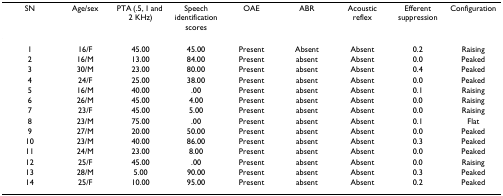
<table><thead><tr><td><b>SN</b></td><td><b>Age/sex</b></td><td><b>PTA (.5, 1 and 2 KHz)</b></td><td><b>Speech identification scores</b></td><td><b>OAE</b></td><td><b>ABR</b></td><td><b>Acoustic reflex</b></td><td><b>Efferent suppression</b></td><td><b>Configuration</b></td></tr></thead><tbody><tr><td>1</td><td>16/F</td><td>45.00</td><td>45.00</td><td>Present</td><td>Absent</td><td>Absent</td><td>0.2</td><td>Raising</td></tr><tr><td>2</td><td>16/M</td><td>13.00</td><td>84.00</td><td>Present</td><td>absent</td><td>Absent</td><td>0.0</td><td>Peaked</td></tr><tr><td>3</td><td>30/M</td><td>23.00</td><td>80.00</td><td>Present</td><td>absent</td><td>Absent</td><td>0.4</td><td>Peaked</td></tr><tr><td>4</td><td>24/F</td><td>25.00</td><td>38.00</td><td>Present</td><td>absent</td><td>Absent</td><td>0.0</td><td>Peaked</td></tr><tr><td>5</td><td>16/M</td><td>40.00</td><td>.00</td><td>Present</td><td>absent</td><td>Absent</td><td>0.1</td><td>Raising</td></tr><tr><td>6</td><td>26/M</td><td>45.00</td><td>4.00</td><td>Present</td><td>absent</td><td>Absent</td><td>0.0</td><td>Raising</td></tr><tr><td>7</td><td>23/F</td><td>45.00</td><td>5.00</td><td>Present</td><td>absent</td><td>Absent</td><td>0.0</td><td>Raising</td></tr><tr><td>8</td><td>23/M</td><td>75.00</td><td>.00</td><td>Present</td><td>absent</td><td>Absent</td><td>0.1</td><td>Flat</td></tr><tr><td>9</td><td>27/M</td><td>20.00</td><td>50.00</td><td>Present</td><td>absent</td><td>Absent</td><td>0.0</td><td>Peaked</td></tr><tr><td>10</td><td>23/M</td><td>40.00</td><td>86.00</td><td>Present</td><td>absent</td><td>Absent</td><td>0.3</td><td>Peaked</td></tr><tr><td>11</td><td>24/M</td><td>23.00</td><td>8.00</td><td>Present</td><td>absent</td><td>Absent</td><td>0.0</td><td>Peaked</td></tr><tr><td>12</td><td>25/F</td><td>45.00</td><td>.00</td><td>Present</td><td>absent</td><td>Absent</td><td>0.0</td><td>Raising</td></tr><tr><td>13</td><td>28/M</td><td>5.00</td><td>90.00</td><td>Present</td><td>absent</td><td>Absent</td><td>0.3</td><td>Peaked</td></tr><tr><td>14</td><td>25/F</td><td>10.00</td><td>95.00</td><td>Present</td><td>absent</td><td>Absent</td><td>0.2</td><td>Peaked</td></tr></tbody></table>